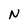
Character: N